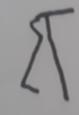
Signature authenticity: forged